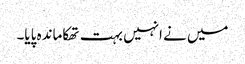
میں نے انہیں بہت تھکاماندہ پایا۔